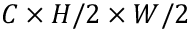
C \times H / 2 \times W / 2